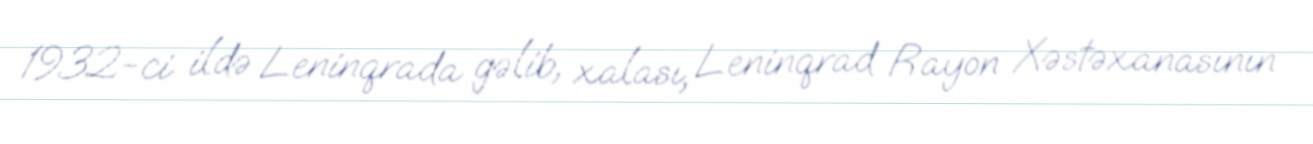
1932-ci ildə Leninqrada gəlib, xalası, Leninqrad Rayon Xəstəxanasının